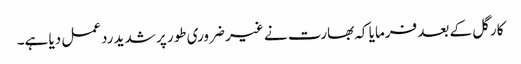
کارگل کے بعد فرمایا کہ بھارت نے غیر ضروری طور پر شدید ردعمل دیا ہے۔